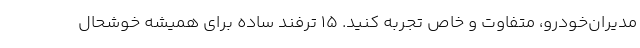
مدیران‌خودرو، متفاوت و خاص تجربه کنید. 15 ترفند ساده برای همیشه خوشحال